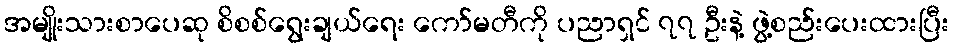
အမျိုးသားစာပေဆု စိစစ်ရွေးချယ်ရေး ကော်မတီကို ပညာရှင် ၇၇ ဦးနဲ့ ဖွဲ့စည်းပေးထားပြီး